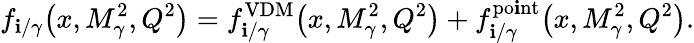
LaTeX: f_{\mathbf{i}/\gamma}\! \left(x,M_{\gamma}^{2},Q^{2}\right)=f_{\mathbf{i}/\gamma}^{\mathrm{{VDM}}}\! \left(x,M_{\gamma}^{2},Q^{2}\right)+f_{\mathbf{i}/\gamma}^{\mathrm{{po\mathbf{i}nt}}}\! \left(x,M_{\gamma}^{2},Q^{2}\right).